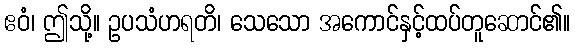
ဧဝံ၊ ဤသို့။ ဥပသံဟရတိ၊ သေသော အကောင်နှင့်ထပ်တူဆောင်၏။